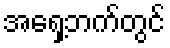
အရှေ့ဘက်တွင်